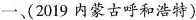
一、(2019 内蒙古呼和浩特)